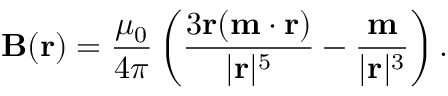
\mathbf { B } ( \mathbf { r } ) = \frac { \mu _ { 0 } } { 4 \pi } \left( \frac { 3 \mathbf { r } ( \mathbf { m } \cdot \mathbf { r } ) } { | \mathbf { r } | ^ { 5 } } - \frac { \mathbf { m } } { | \mathbf { r } | ^ { 3 } } \right) .